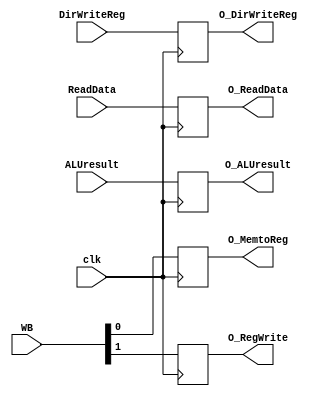
module MEMWB(
    input clk,
    input [1:0]WB, 
    input [31:0]ReadData,
    input [31:0]ALUresult,
    input [4:0]DirWriteReg,

    output reg O_MemtoReg,
    output reg O_RegWrite,
    output reg [31:0]O_ReadData,
    output reg [31:0]O_ALUresult,
    output reg [4:0]O_DirWriteReg
);

always @(posedge clk ) begin
    O_MemtoReg = WB[0]; 
    O_RegWrite = WB[1]; 
    O_ReadData = ReadData;
    O_ALUresult = ALUresult;
    O_DirWriteReg = DirWriteReg;

end

endmodule